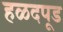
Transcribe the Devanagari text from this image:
हळदपूड